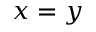
x = y